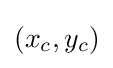
(x_{c},y_{c})